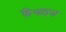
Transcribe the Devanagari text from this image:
फैंचाइज